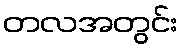
တလအတွင်း